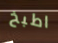
اطبخ